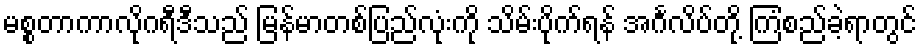
မစ္စတာကာလိုဂရီဒီသည် မြန်မာတစ်ပြည်လုံးကို သိမ်းပိုက်ရန် အင်္ဂလိပ်တို့ ကြံစည်ခဲ့ရာတွင်